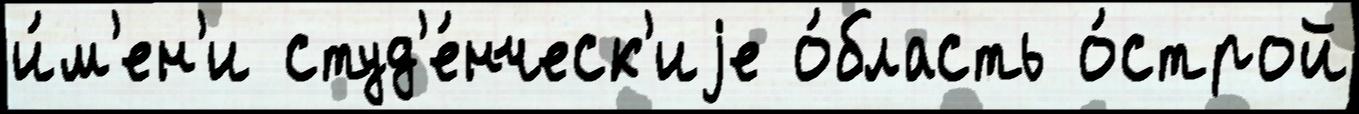
и́м'ен'и студ'е́нческ'иjе о́бласть о́строй